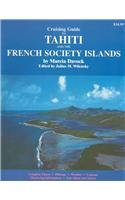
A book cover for Cruising Guide to Tahiti and the French Society Islands; Marcia Davock; Travel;